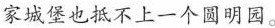
家城堡也抵不上一个圆明园。